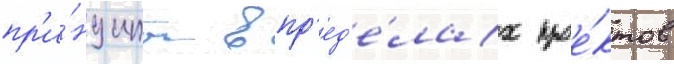
пр'и́нципы в пр'ед'е́лах прое́ктов